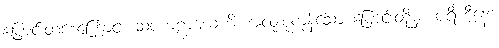
ပြောင်းတစေ့ကြောင့်။ သဗ္ဗကဠာယေဟိ၊ အလုံးစုံကုန်သော ပြောင်းတို့မှ။ ပရိဟီနော